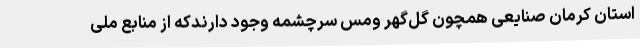
استان کرمان صنایعی همچون گل‌گهر ومس سرچشمه وجود دارندکه از منابع ملی